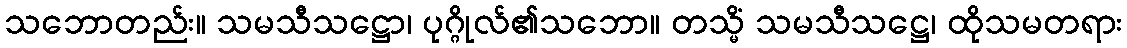
သဘောတည်း။ သမသီသဋ္ဌော၊ ပုဂ္ဂိုလ်၏သဘော။ တသ္မိံ သမသီသဋ္ဌေ၊ ထိုသမတရား